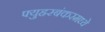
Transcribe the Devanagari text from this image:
फ्युह्ररबंकरमध्ये